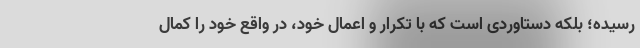
رسیده؛ بلکه دستاوردی است که با تکرار و اعمال خود، در واقع خود را کمال